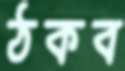
ঠকব